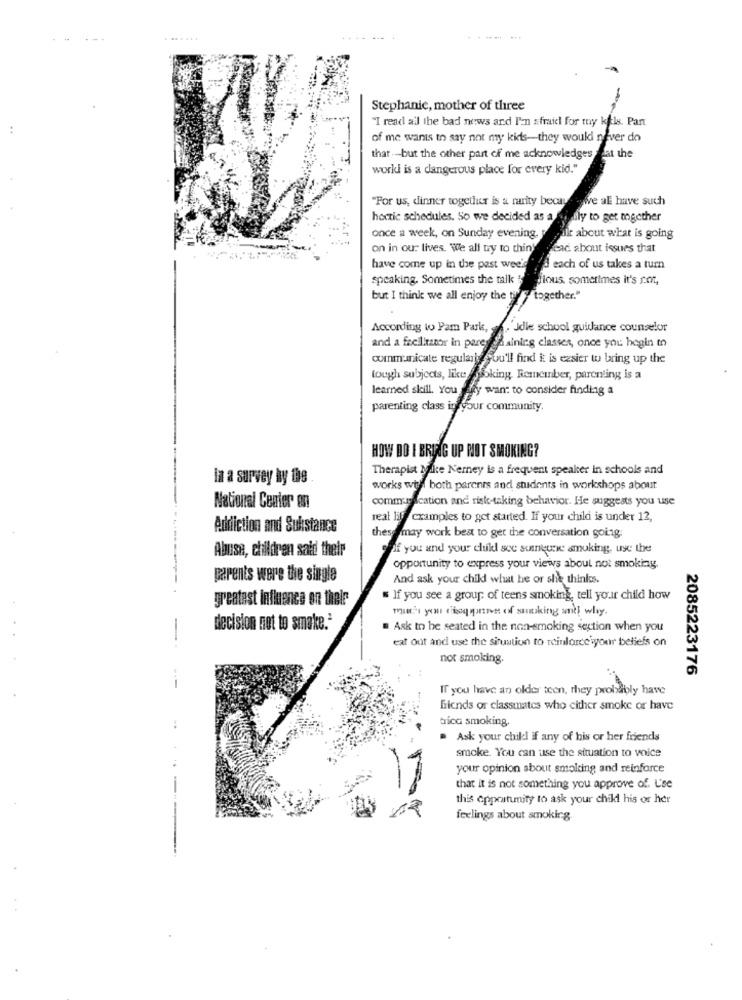
.......
Stephanie, mother of three
"I read all the bad news and I'm afraid for my kfls. Pant
of me wants to say not my kids-they would never do
thar -but the other part of me acknowledges "at the
world is a dangerous place for every kid."
"For us, dinner togetur is a nurty becay
wie al have such
hectic schedules. So we decided as a sually to get mgether
once a week, on Sunday evening. " ilk about what is going
on in our lives. We all try to think
Head about issues that
have come up in the past wee'd
'd each of us takes a turn
speaking. Sometimes the talk & Jious. sometimes it's rot,
but I think we all enjoy the tif " together."
According to Pam Park, -. 'Udle school guidance counselor
and a facilitator in pares då sining classes, once you begin to
communicate regularly you'll find it is easier to bring up the
tough subjects, like soking, Remember, parenting is a
learned skill. You ffy want to consider finding a
parenting class in your community.
HOW DO I BRING UP POT SMOKING?
Therapist Mike Nerney is a frequent speaker in schools and
in a survey by the
works will both parents and students in workshops about
communication and risk-taking behavior. He suggests you use
National Center en
real liv cramples to get started. If your child is under 12,
Addiction and Substance
these may work best to get the conversation going.
Abuse, children said their
if you and your child sce sunkune smoking, use the
opportunity to express your views about not smoking.
parents were the single
And ask your child what he or she thinks.
greatest influence on thele
If you see a group of teens smoking, tell your child how
-
decision not to smake .*
Ask to be seated in the non-smoking section when you
eat out and use the situation to reinforce' your beliefs on
not smoking.
2085223176
If you have an older teen, they probably have
Gicnds or classmates who cither smoke or have
brica smoking
..
. Ask your chill if any of his or her friends
smoke. You can use the situation to voice
your opinion about smoking and reinforce
11
that it is not something you approve of. L'se
this opportunity to ask your child his or her
feelings about smoking
--